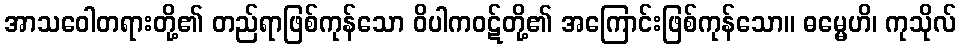
အာသဝေါတရားတို့၏ တည်ရာဖြစ်ကုန်သော ဝိပါကဝဋ်တို့၏ အကြောင်းဖြစ်ကုန်သော။ ဓမ္မေဟိ၊ ကုသိုလ်